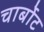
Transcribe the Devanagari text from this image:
चार्बोट